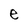
Character: e